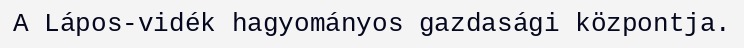
A Lápos-vidék hagyományos gazdasági központja.